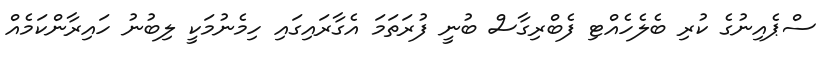
ސްޕެއިނުގެ ކުރި ބެލެހެއްޓި ފެބްރިގާސް ބުނީ ފުރަތަމަ އެގާރައިގައި ހިމެނުމަކީ ލިބުނު ހައިރާންކަމެއް